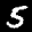
Label: 5